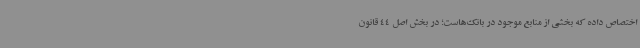
اختصاص داده که بخشی از منابع موجود در بانک‌هاست؛ در بخش اصل 44 قانون